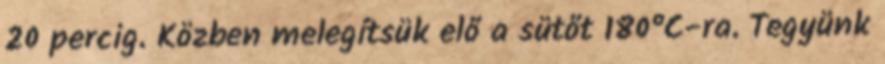
20 percig. Közben melegítsük elő a sütőt 180°C-ra. Tegyünk